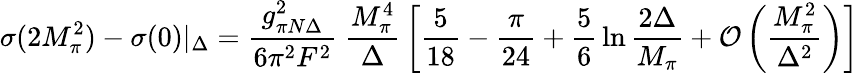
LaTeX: \sigma(2M_{\pi}^{2})-\sigma(0)|_{\Delta}={\frac{g_{\pi N\Delta}^{2}}{6\pi^{2}F^{2}}}\ {\frac{M_{\pi}^{4}}{\Delta}}\left[{\frac{5}{18}}-{\frac{\pi}{24}}+{\frac{5}{6}}\ln{\frac{2\Delta}{M_{\pi}}}+{\cal O}\left({\frac{M_{\pi}^{2}}{\Delta^{2}}}\right)\right]